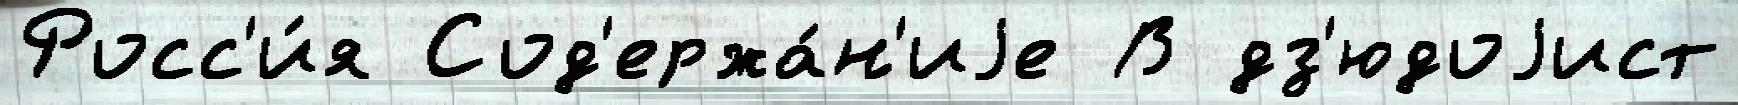
Росс'и́я Сод'ержа́н'иjе В дз'юдоjист